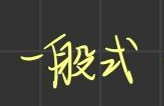
一般式